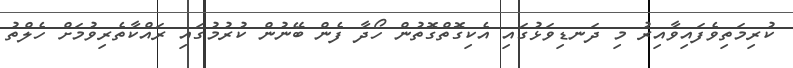
ކުރިމަތިވެފައިވާއިރު މި ދަނޑިވަޅުގައި އެކިގޮތްގޮތުން ހޯދާ ފެން ބޭނުން ކުރުމުގައި ރައްކާތެރިވުމަށް ހެލްތު